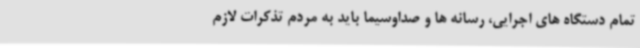
تمام دستگاه های اجرایی، رسانه ها و صداوسیما باید به مردم تذکرات لازم